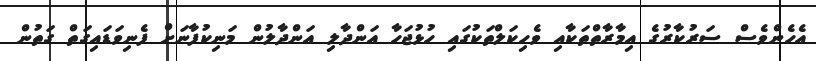
އެހެންވެސް ސަރުކާރުގެ އިމާރާތްތަކާއި ވެހިކަލްތަކުގައި ހުޅުޖަހާ އަންދާލި އަންދާލުން މަނިކުފާނަށް ފެނިވަޑައިގަތް ގަތުން